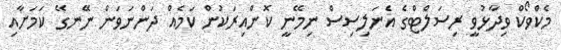
މެކްވޯކް ވިދާޅުވީ ރިސަލްޓްގެ އެނަލިސިސް ނިމޭނީ ކޮންއިރަކުން ކަމެއް ދަންނަވަން ނޭނގޭ ކަމަށާއި